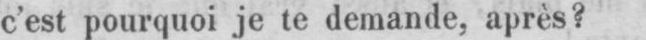
c’est pourquoi je te demande, après?